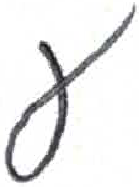
אות: ע